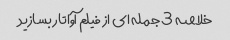
خلاصه 3 جمله ای از فیلم آواتار بسازید